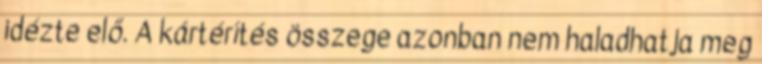
idézte elő. A kártérítés összege azonban nem haladhatja meg